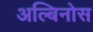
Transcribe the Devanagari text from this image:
अल्बिनोस